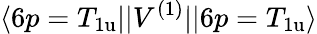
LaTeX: \langle 6p=T_{\mathrm{1u}}||V^{(1)}||6p=T_{\mathrm{1u}}\rangle